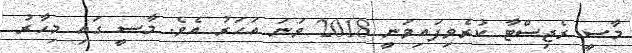
މާސީ ރެޖިސްޓާ ކުރެވިފައިވަނީ 2018 ވަނަ އަހަރު އެވެ. މާސީ ގައި މިހާރު